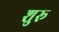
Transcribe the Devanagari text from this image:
शुरू